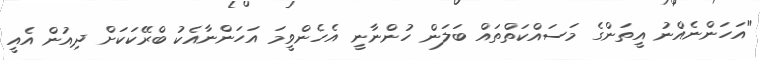
"އަހަންނެއްނު އީތަންގެ މަސައްކަތްތައް ބަލަން ހުންނާނީ އެހެންވީމަ އަހަންނާއެކު ބްރޭކަކަށް ދިއުން އެއީ